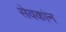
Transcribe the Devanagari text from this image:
सेवकांन